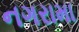
નગરામા